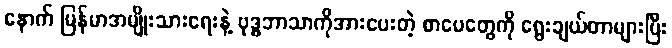
နောက် မြန်မာအမျိုးသားရေးနဲ့ ဗုဒ္ဓဘာသာကိုအားပေးတဲ့ စာပေတွေကို ရွေးချယ်တာများပြီး